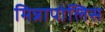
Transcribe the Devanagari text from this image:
मिन्नापोलिस